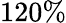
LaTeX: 120\%